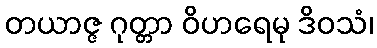
တယာဇ္ဇ ဂုတ္တာ ဝိဟရေမု ဒိဝသံ၊